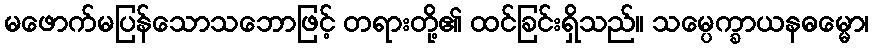
မဖောက်မပြန်သောသဘောဖြင့် တရားတို့၏ ထင်ခြင်းရှိသည်။ သမ္ပေက္ခာယနဓမ္မော၊